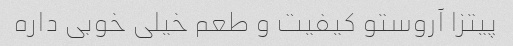
پیتزا آروستو کیفیت و طعم خیلی خوبی داره